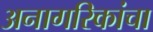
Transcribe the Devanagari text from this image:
अनागरिकांचा